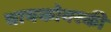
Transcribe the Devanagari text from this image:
चायकोवस्की